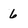
Character: 6